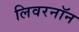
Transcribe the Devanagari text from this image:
लिवरनॉन